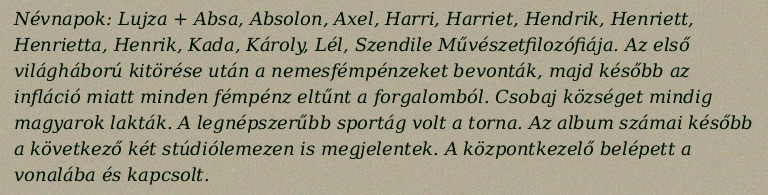
Névnapok: Lujza + Absa, Absolon, Axel, Harri, Harriet, Hendrik, Henriett, Henrietta, Henrik, Kada, Károly, Lél, Szendile Művészetfilozófiája. Az első világháború kitörése után a nemesfémpénzeket bevonták, majd később az infláció miatt minden fémpénz eltűnt a forgalomból. Csobaj községet mindig magyarok lakták. A legnépszerűbb sportág volt a torna. Az album számai később a következő két stúdiólemezen is megjelentek. A központkezelő belépett a vonalába és kapcsolt.